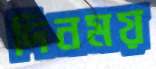
দিনময়